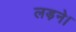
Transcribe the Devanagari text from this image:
लड़ने।